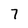
Character: 7